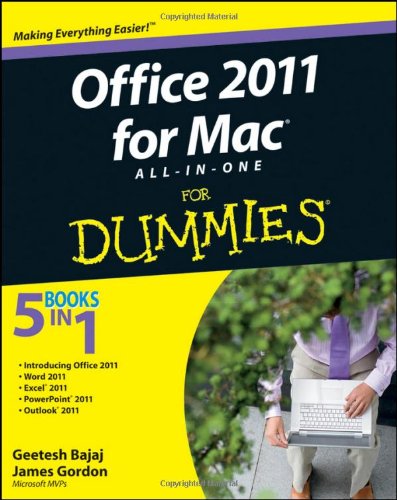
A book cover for Office 2011 for Mac All-in-One For Dummies; Geetesh Bajaj; Computers & Technology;